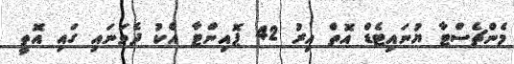
މެންޗެސްޓާ ޔުނައިޓެޑް އޮތް އިރު 42 ޕޮއިންޓާ އެކު ދެވަނައި ގައި އޮތީ